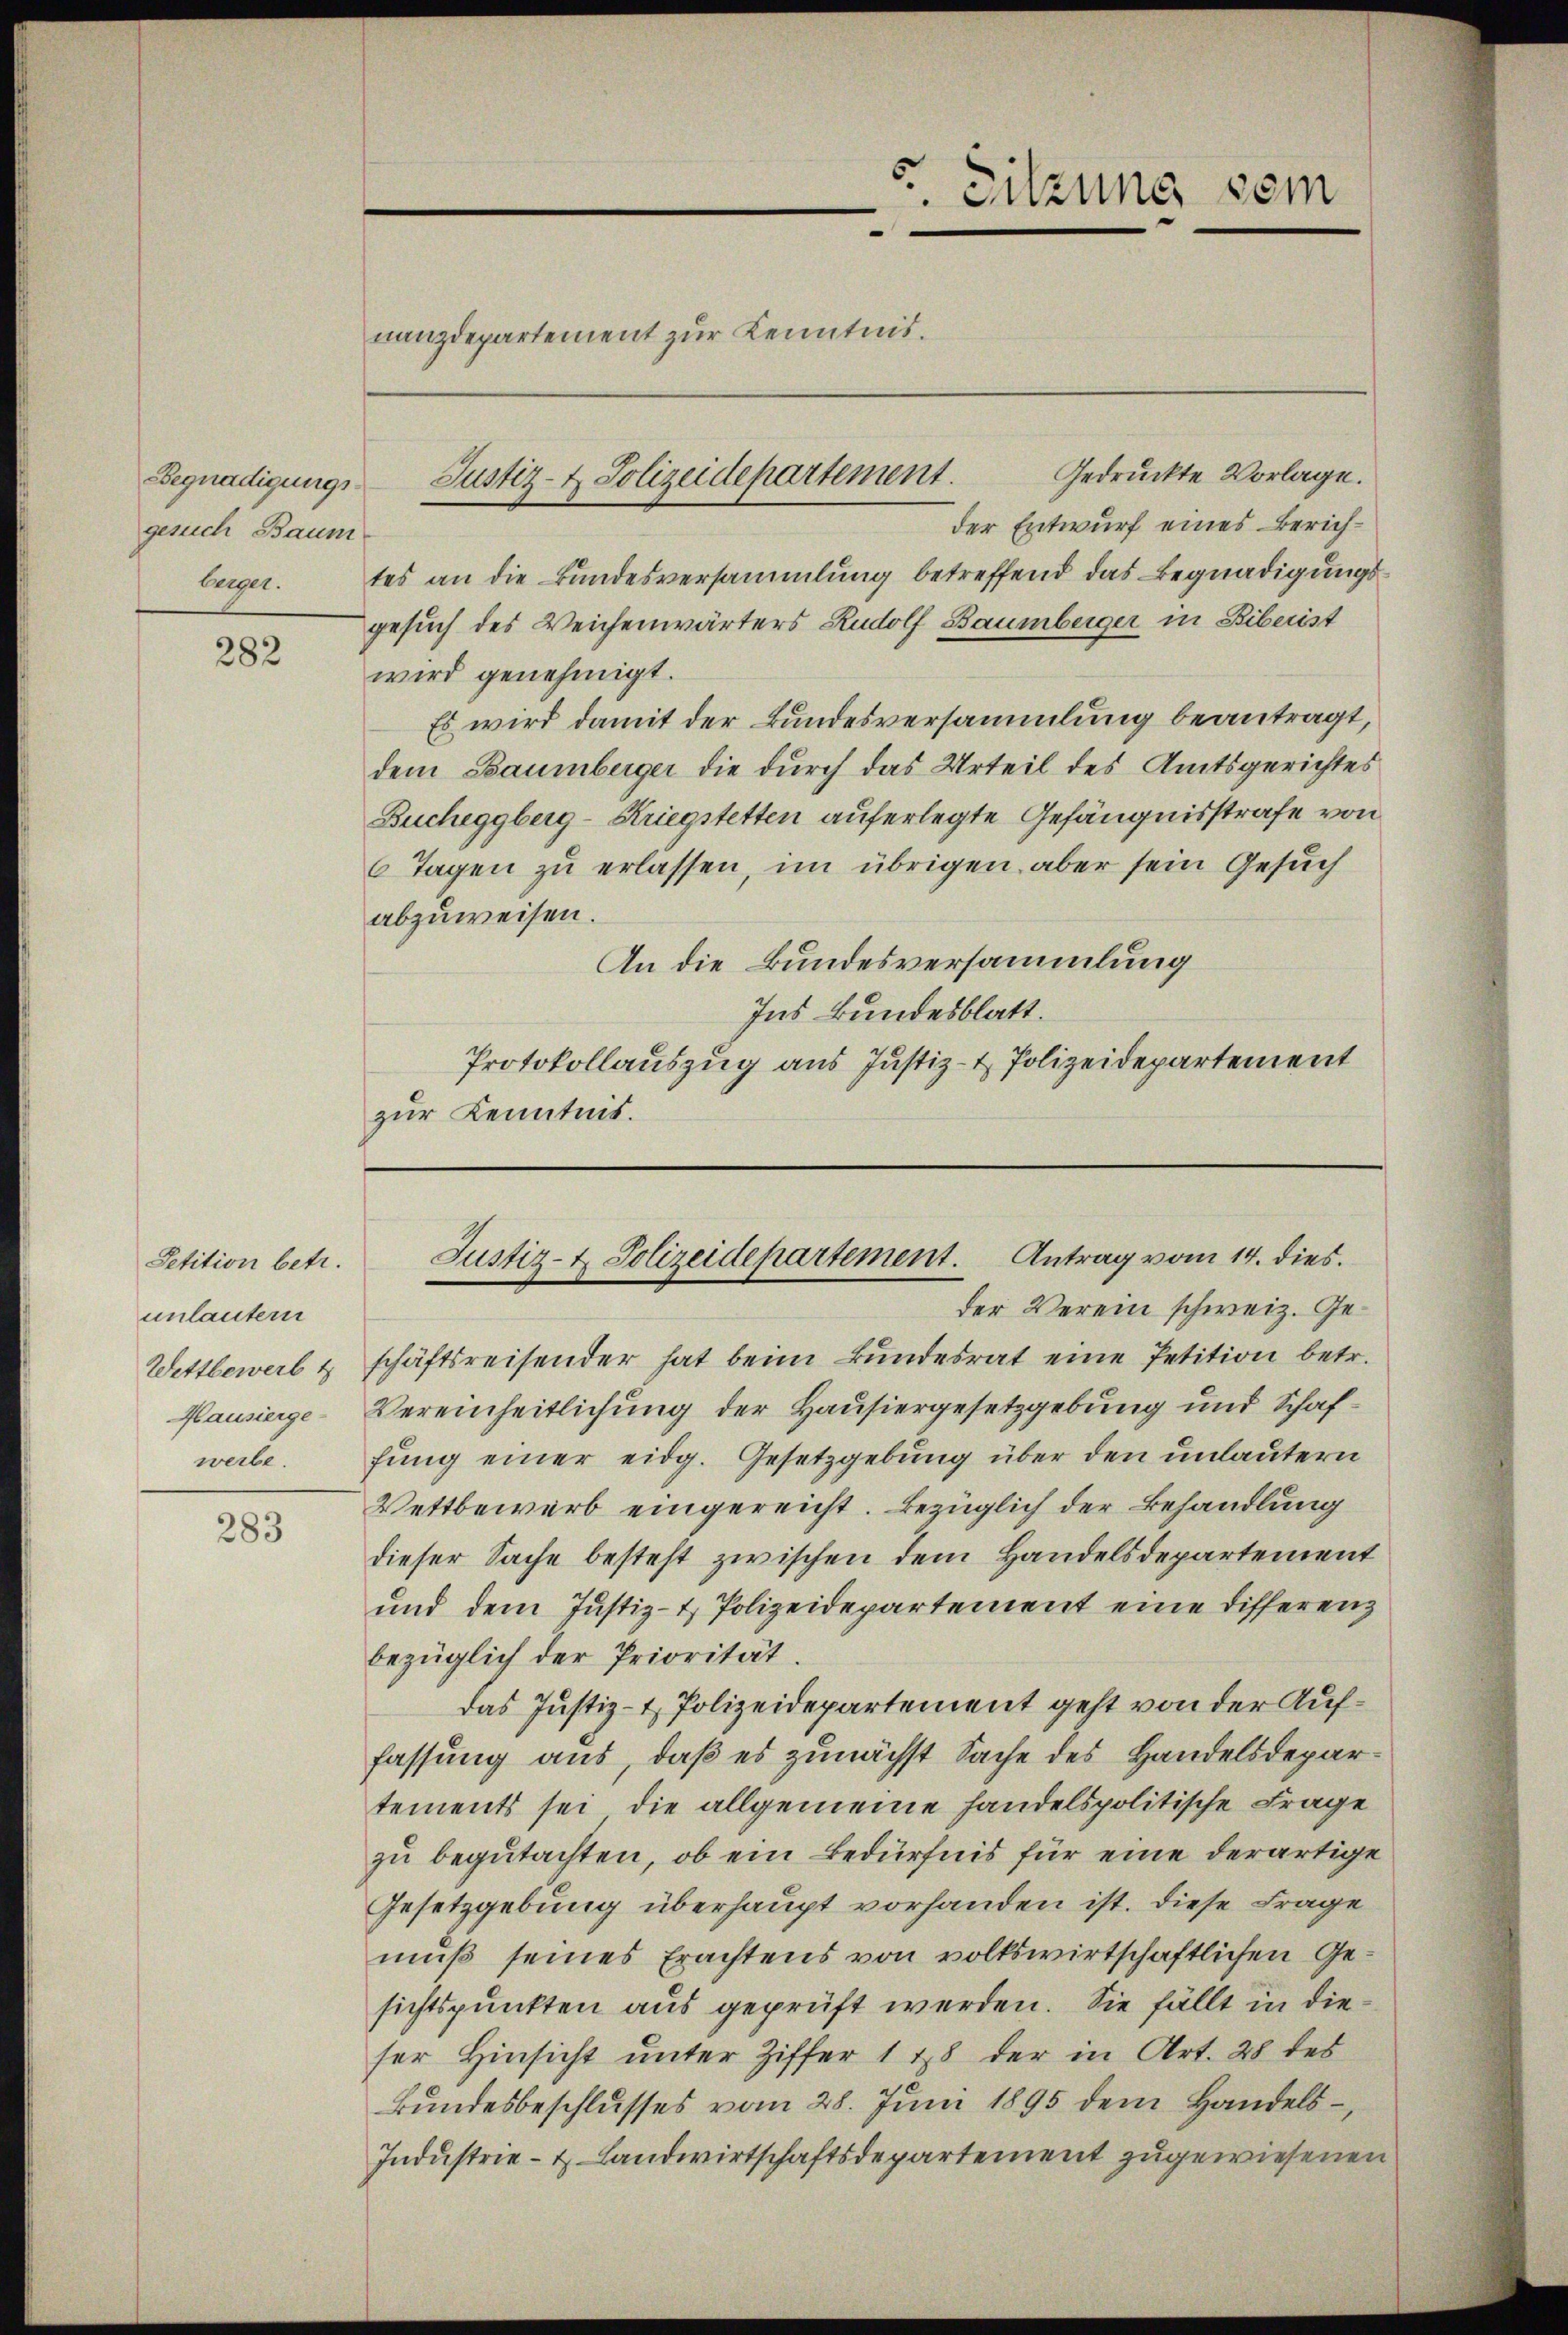
Begnadigungsgesuch Baum

282

Petition betr.
unlautern
Wettbewerb t
werbe.

283

berger. tes an die Bundesversammlung betreffend das Begnadigungsgesuch des Weichenwärters Rudolf Baumberger in Biberist
wird genehmigt.
Es wird damit der Bundesversammlung beantragt,
dem Baumberger die durch das Urteil des Amtsgerichtes
Bucheggberg-Kriegstetten auferlegte Gefängnisstrafe von
6 Tagen zu erlassen, im übrigen aber sein Gesuch
abzuweisen.
An die Bundesversammlung
Ins Bundesblatt.
Protokollauszug aus Justiz- & Polizeidepartement
zur Kenntnis.

Sitzung sein
.
nanzdepartement zur Kenntnis.
Gedruckte Vorlage.
Justiz- & Polizeidepartement.
der Entwurf eines Zürich¬

Justiz- & Polizeidepartement. Antrag vom 14. dies

der Verein schweiz. Geschäftsreisender hat beim Bundesrat eine Petition betr.
Hausierge-Vereinheitlichung der Hausiergesetzgebung und Schaffung einer eidg. Gesetzgebung über den unlautern
Wettbewerb eingereicht. Bezüglich der Behandlung
dieser Sache besteht zwischen dem Handelsdepartement
und dem Justiz- & Polizeidepartement eine Differenz
bezüglich der Priorität.
das Justiz- & Polizeidepartement geht von der Auffassung aus, daß es zunächst Sache des Handelsdepartements sei, die allgemeine handelspolitische Frage
zu begutachten, ob ein Bedürfnis für eine derartige
Gesetzgebung überhaupt vorhanden ist. Diese Frage
muß seines Erachtens von volkswirtschaftlichen Gesichtspunkten aus geprüft werden. Sie fällt in dieser Hinsicht unter Ziffer 1 18 der in Art. 28 des
Bundesbeschlusses vom 28. Juni 1895 dem Handels¬
Industrie- & Landwirtschaftsdepartement zugewiesenen